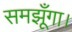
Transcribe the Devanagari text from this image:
समझूँगा।